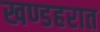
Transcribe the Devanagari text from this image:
खण्डहरात